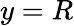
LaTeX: y=R